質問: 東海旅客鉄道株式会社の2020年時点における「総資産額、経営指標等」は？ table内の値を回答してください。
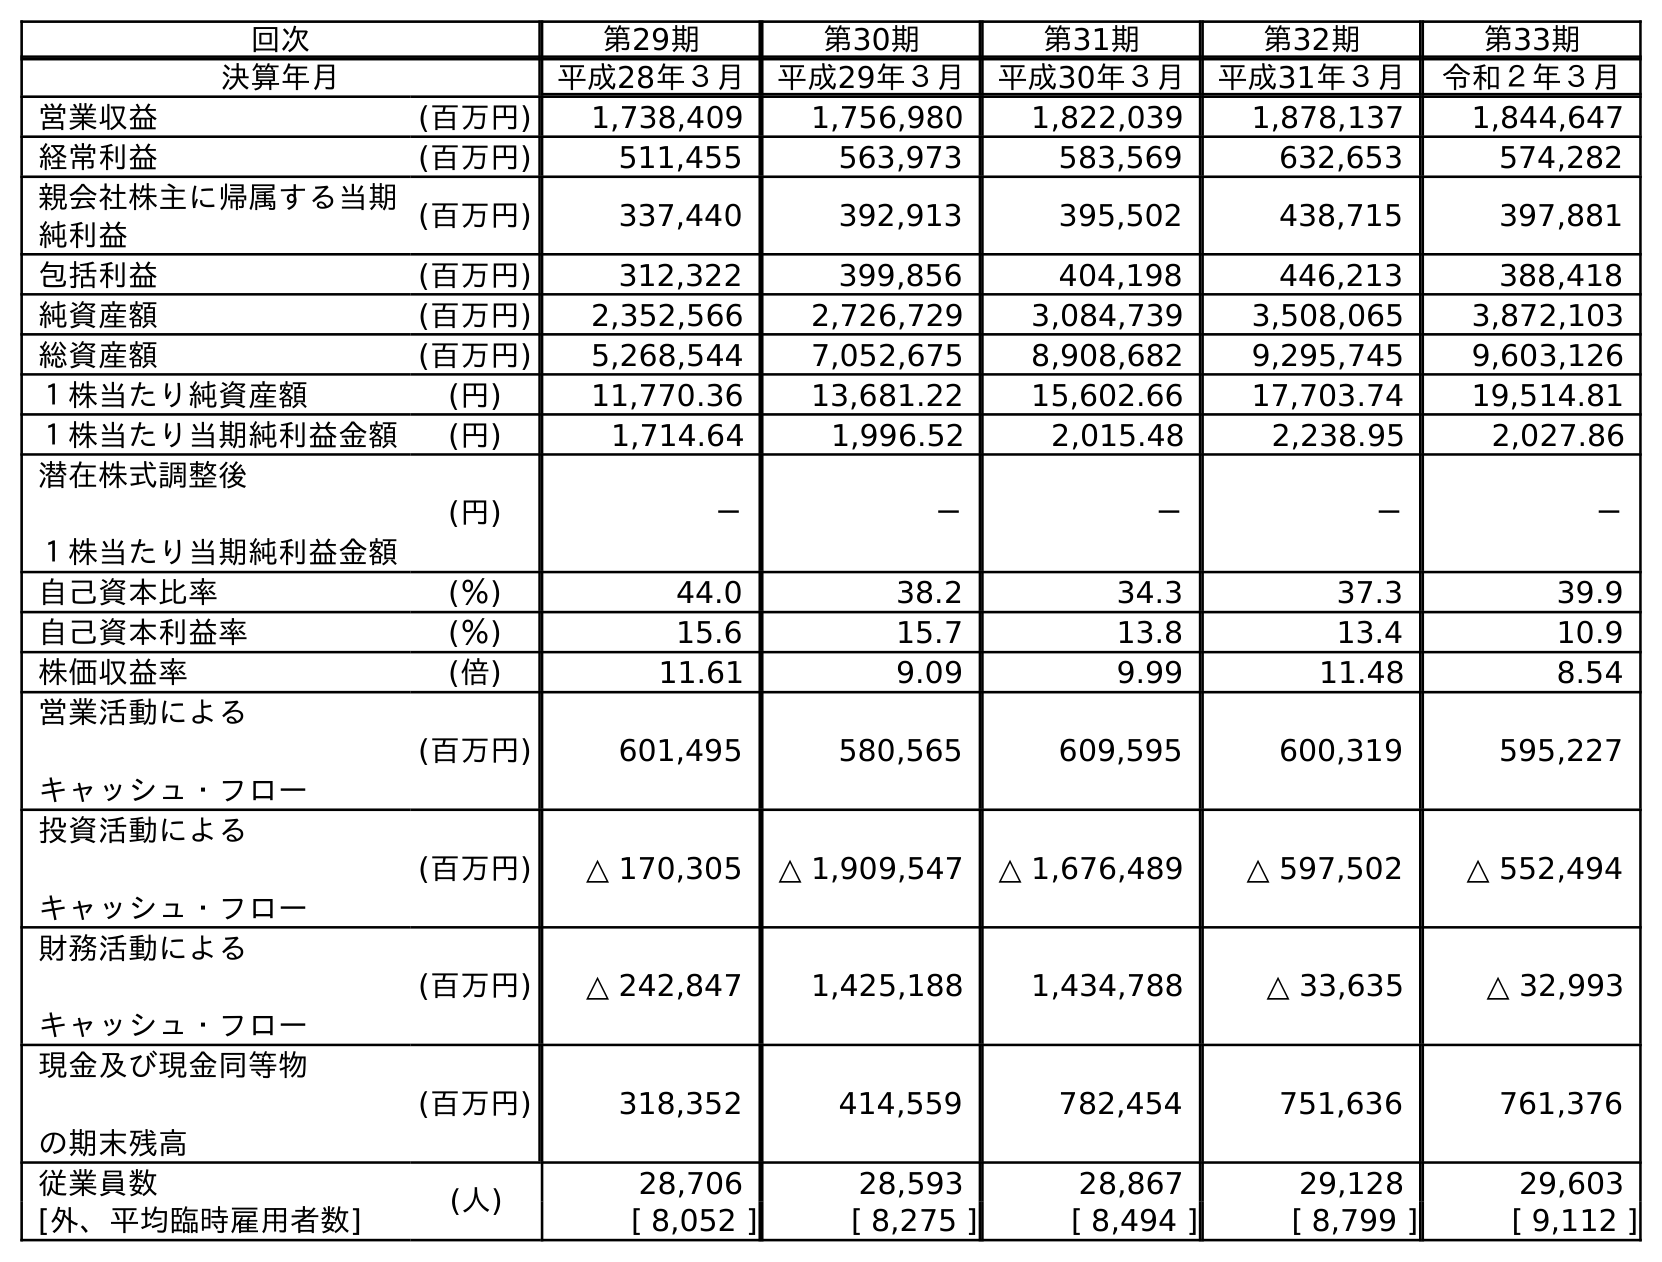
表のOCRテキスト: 回次 第29期 第30期 第31期 第32期 第33期 決算年月 平成28年３月 平成29年３月 平成30年３月 平成31年３月 令和２年３月 営業収益 (百万円) 1,738,409 1,756,980 1,822,039 1,878,137 1,844,647 経常利益 (百万円) 511,455 563,973 583,569 632,653 574,282 親会社株主に帰属する当期 純利益 (百万円) 337,440 392,913 395,502 438,715 397,881 包括利益 (百万円) 312,322 399,856 404,198 446,213 388,418 純資産額 (百万円) 2,352,566 2,726,729 3,084,739 3,508,065 3,872,103 総資産額 (百万円) 5,268,544 7,052,675 8,908,682 9,295,745 9,603,126 １株当たり純資産額 (円) 11,770.36 13,681.22 15,602.66 17,703.74 19,514.81 １株当たり当期純利益金額 (円) 1,714.64 1,996.52 2,015.48 2,238.95 2,027.86 潜在株式調整後 １株当たり当期純利益金額 (円) － － － － － 自己資本比率 (％) 44.0 38.2 34.3 37.3 39.9 自己資本利益率 (％) 15.6 15.7 13.8 13.4 10.9 株価収益率 (倍) 11.61 9.09 9.99 11.48 8.54 営業活動による キャッシュ・フロー (百万円) 601,495 580,565 609,595 600,319 595,227 投資活動による キャッシュ・フロー (百万円) △ 170,305 △ 1,909,547 △ 1,676,489 △ 597,502 △ 552,494 財務活動による キャッシュ・フロー (百万円) △ 242,847 1,425,188 1,434,788 △ 33,635 △ 32,993 現金及び現金同等物 の期末残高 (百万円) 318,352 414,559 782,454 751,636 761,376 従業員数 (人) 28,706 28,593 28,867 29,128 29,603 [外、平均臨時雇用者数] [ 8,052 ] [ 8,275 ] [ 8,494 ] [ 8,799 ] [ 9,112 ]
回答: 9,603,126